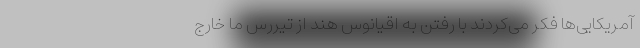
آمریکایی‌ها فکر می‌کردند با رفتن به اقیانوس هند از تیررس ما خارج